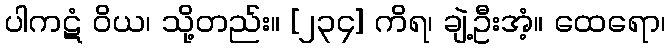
ပါကဋံ ဝိယ၊ သို့တည်း။ [၂၃၄] ကိရ၊ ချဲ့ဦးအံ့။ ထေရော၊